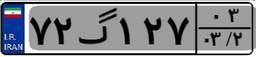
۷۲گ۱۲۷۰۳